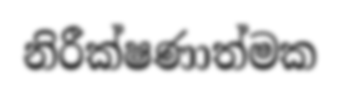
නිරීක්ෂණාත්මක